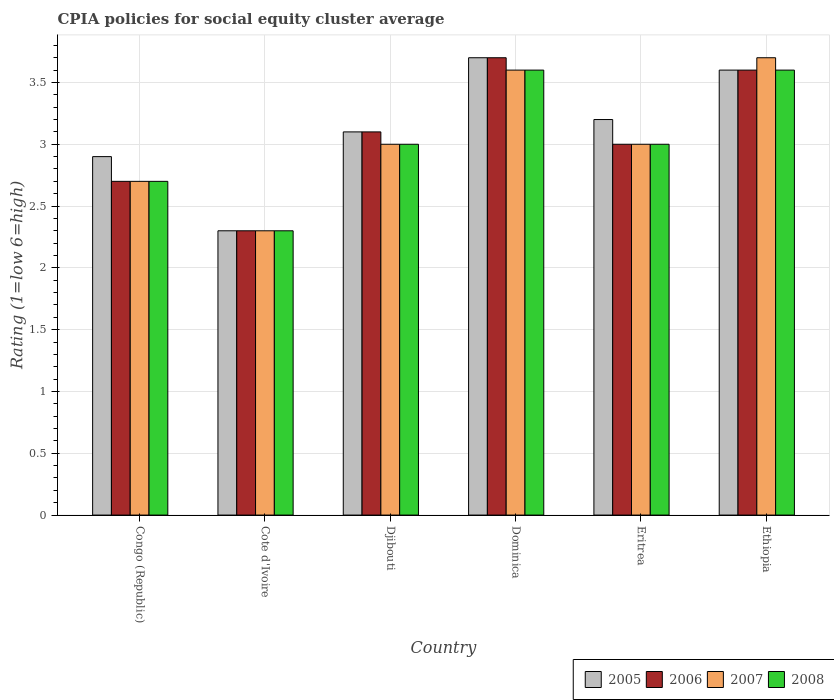
| Country | 2005 | 2006 | 2007 | 2008 |
 | --- | --- | --- | --- | --- |
 | Congo (Republic) | 2.9 | 2.7 | 2.7 | 2.7 |
 | Cote d'Ivoire | 2.3 | 2.3 | 2.3 | 2.3 |
 | Djibouti | 3.1 | 3.1 | 3 | 3 |
 | Dominica | 3.7 | 3.7 | 3.6 | 3.6 |
 | Eritrea | 3.2 | 3 | 3 | 3 |
 | Ethiopia | 3.6 | 3.6 | 3.7 | 3.6 |